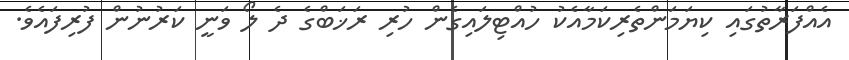
އެއްފަރާތުގައި ކިޔަމަންތެރިކަމާއެކު ހުއްޓިލައިގެން ހުރި ރަޚަބްގެ ދެ ލޯ ވަނީ ކަރުނުން ފުރިފައެވެ.